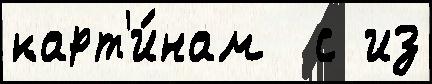
карт'и́нам  с из